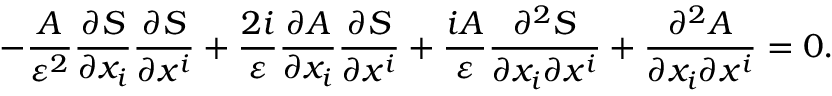
- { \frac { A } { \varepsilon ^ { 2 } } } { \frac { \partial S } { \partial x _ { i } } } { \frac { \partial S } { \partial x ^ { i } } } + { \frac { 2 i } { \varepsilon } } { \frac { \partial A } { \partial x _ { i } } } { \frac { \partial S } { \partial x ^ { i } } } + { \frac { i A } { \varepsilon } } { \frac { \partial ^ { 2 } S } { \partial x _ { i } \partial x ^ { i } } } + { \frac { \partial ^ { 2 } A } { \partial x _ { i } \partial x ^ { i } } } = 0 .